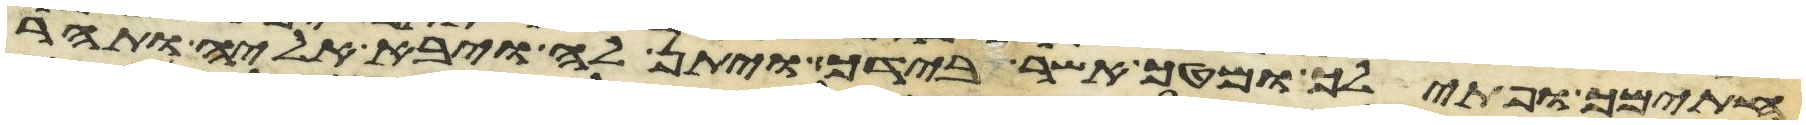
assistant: חתימך ופתילך ומטך אשר בידך ויתן לה ויבא אליה ותהר